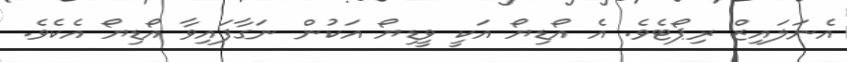
އެނަލައިޒް ރިޕޯޓެވެ. އެ އޯޑިޔޯ އަކީ ވީޑިޔޯ އަކުން ނަގާފައިވާ އޯޑިޔޯ އެކެވެ.